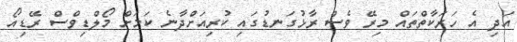
އަދި އެ ހަރަކާތްތައް މިރޭ ވެސް ރާޅުގަނޑުގައި ކުރިއަށްދާނެ ކަމަށް މޯލްޑިވްސް ރޭޑިއޯ